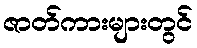
ဇာတ်ကားများတွင်